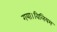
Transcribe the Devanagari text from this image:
गया।विलियम